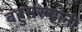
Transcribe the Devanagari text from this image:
बहुसंख्यांनी